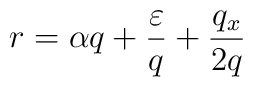
r = \alpha q + \frac{\varepsilon}{q} + \frac{q_x}{2 q}